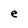
Character: e